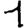
Digit: 1